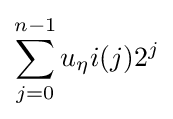
\sum _{j=0}^{n-1}u_{\eta }i(j)2^{j}